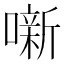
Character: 噺